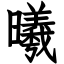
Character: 曦